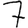
Digit: 7